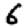
Digit: 6